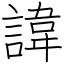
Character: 諱